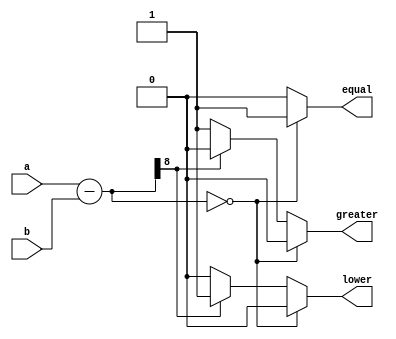
`timescale 1ns / 1ps
module comparator_signed(a, b, equal, greater, lower);
parameter width = 8;
input [width-1:0] a, b;
output reg equal, greater, lower;
reg signed [width:0] tmp;
reg signed [width-1:0] ain, bin;
always @(a, b) begin
  equal = 0;
  greater = 0; 
  lower = 0;
  ain = a;
  bin = b;
  tmp = ain - bin;
  if(!tmp) begin
    equal = 1;
  end else if(tmp[width]) begin 
     lower = 1;
  end else begin
     greater = 1;
  end
end
endmodule